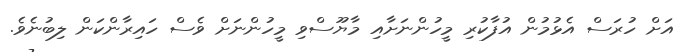
އަށް ހުރަސް އެޅުމުން އުފާކުރި މީހުންނަށާއި މާޔޫސްވި މީހުންނަށް ވެސް ހައިރާންކަން ލިބުނެވެ.